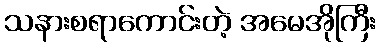
သနားစရာကောင်းတဲ့ အမေအိုကြီး